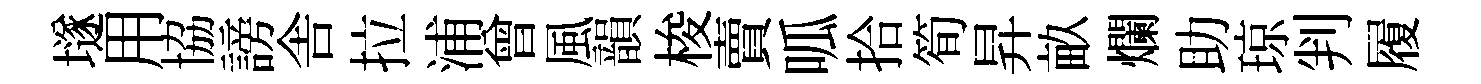
𡑞用協謗舎拉浦曾風韻梭賣呱拾筍昇畝爛助琼判履